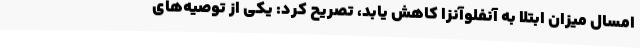
امسال میزان ابتلا به آنفلوآنزا کاهش یابد، تصریح کرد: یکی از توصیه‌های